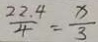
\frac { 2 2 . 4 } { 4 } = \frac { x } { 3 }